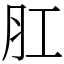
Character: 肛